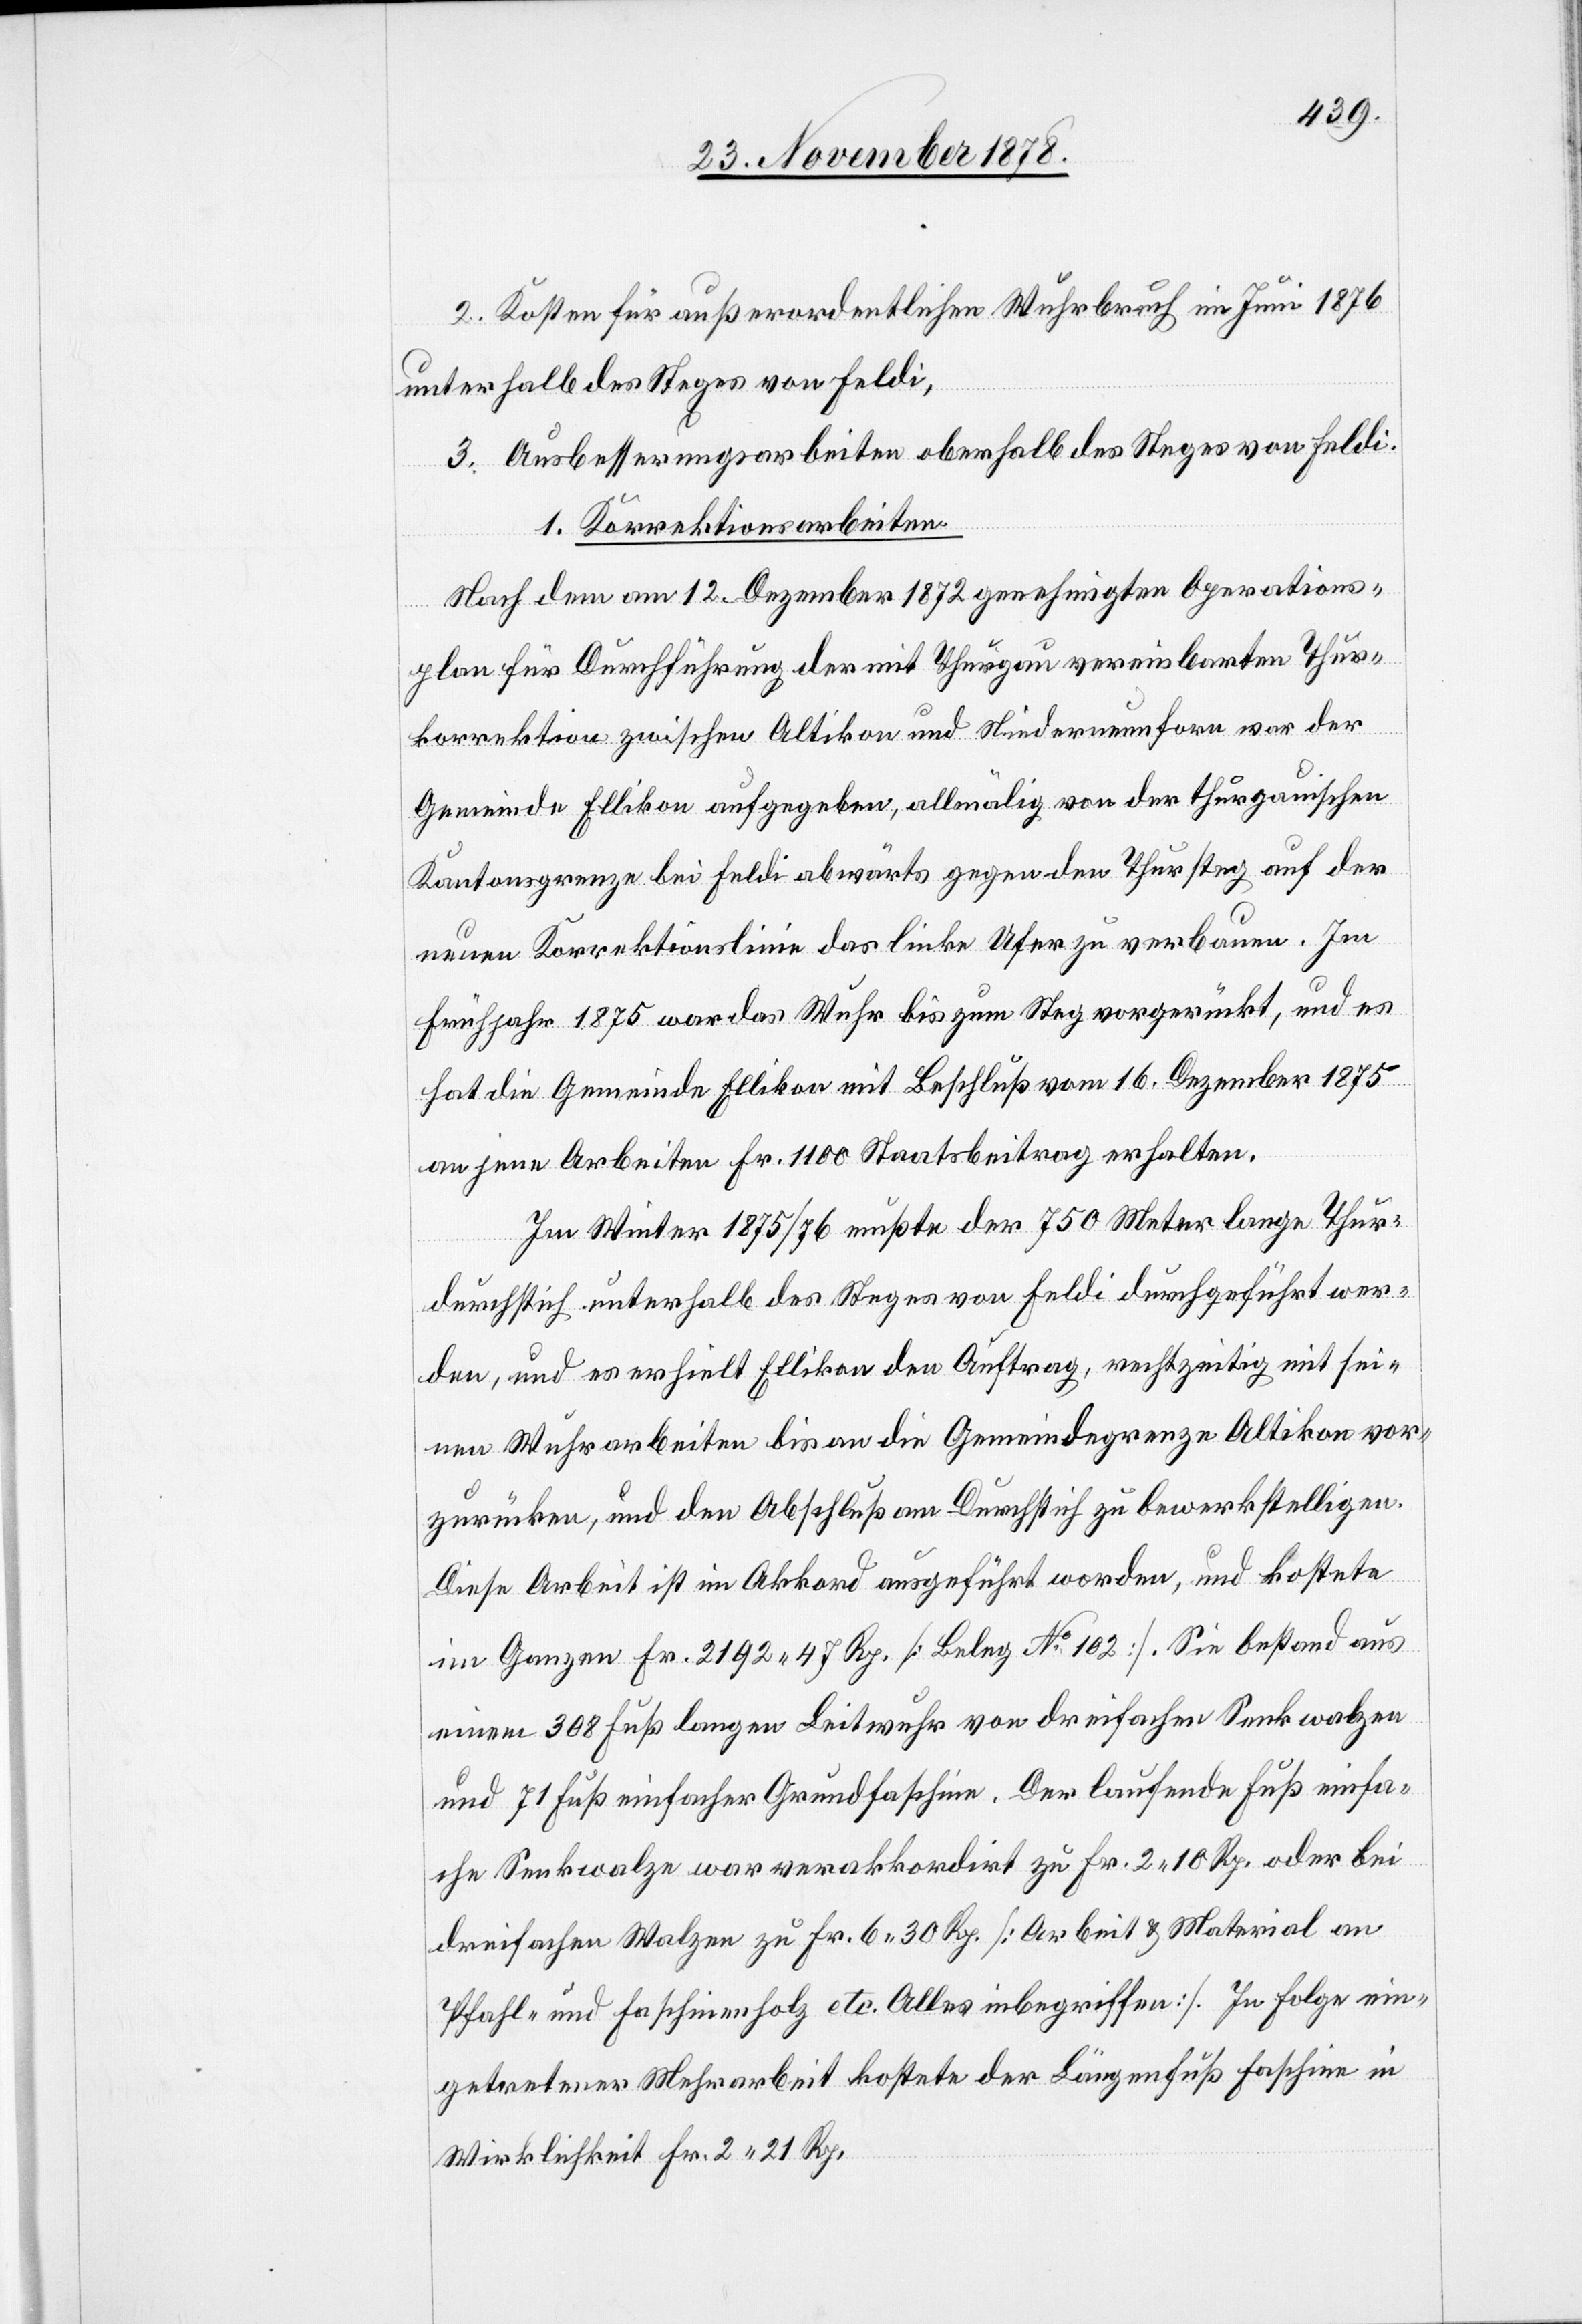
2. Kosten für außerordentlichen Wuhrbruch im Juni 1876
unterhalb des Steges von Feldi,
3. Ausbesserungsarbeiten oberhalb des Steges von Feldi.
1. Korrektionsarbeiten
Nach dem am 12. Dezember 1872 genehmigten Operations¬
plan für Durchführung der mit Thurgau vereinbarten Thur¬
korrektion zwischen Altikon und Niederneunforn war der
Gemeinde Ellikon aufgegeben, allmälig von der thurgauischen
Kantonsgrenze bei Feldi abwärts gegen den Thursteg auf der
neuen Korrektionslinie das linke Ufer zu verbauen. Im
Frühjahr 1875 war das Wuhr bis zum Steg vorgerückt, und es
hat die Gemeinde Ellikon mit Beschluß vom 16. Dezember 1875
an jene Arbeiten Fr. 1100 Staatsbeitrag erhalten.
Im Winter 1875/76 mußte der 750 Meter lange Thur¬
durchstich unterhalb des Steges von Feldi durchgeführt wer¬
den, und es erhielt Ellikon den Auftrag, rechtzeitig mit sei¬
nen Wuhrarbeiten bis an die Gemeindegrenze Altikon vor¬
zurücken, und den Abschluß am Durchstich zu bewerkstelligen.
Diese Arbeit ist im Akkord ausgeführt worden, und kostete
im Ganzen Fr. 2192 47 Rp. [Beleg No 102]. Sie bestand aus
einem 308 Fuß langen Leitwuhr von dreifachen Senkwalzen
und 71 Fuß einfacher Grundfaschine. Der laufende Fuß einfa¬
che Senkwalze war verakkordirt zu Fr. 2 10 Rp. oder bei
dreifachen Walzen zu Fr. 6 30 Rp. [Arbeit & Material an
Pfahl- und Faschinenholz etc. Alles inbegriffen]. In Folge ein¬
getretener Mehrarbeit kostete der Längenfuß Faschine in
Wirklichkeit Fr. 2 21 Rp.